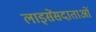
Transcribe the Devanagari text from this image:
लाइसेंसदाताओं